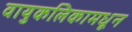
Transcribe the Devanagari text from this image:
वायुकलिकामधून